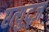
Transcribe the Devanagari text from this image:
एत्युद्ज़